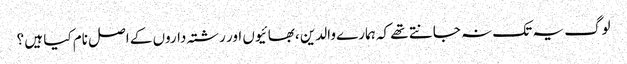
لوگ یہ تک نہ جانتے تھے کہ ہمارے والدین ،بھائیوں اور رشتہ داروں کے اصل نام کیا ہیں ؟